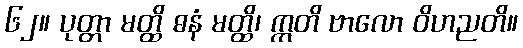
၆၂။ ပုတ္တာ မတ္ထိ ဓနံ မတ္ထိ၊ ဣတိ ဗာလော ဝိဟညတိ။